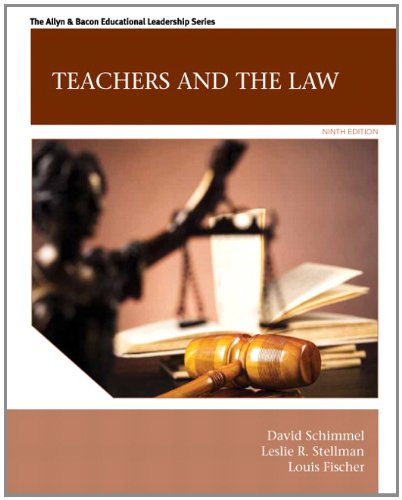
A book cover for Teachers and the Law (9th Edition) (Allyn & Bacon Educational Leadership); David Schimmel; Law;